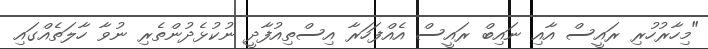
"މިހާރުހުރި ރައީސް އާއި ނައިބް ރައީސް އެއްފަހަރާ އިސްތިއުފާދީ ނުކުޅެދުންތެރި ނުވާ ހާލަތެއްގައި